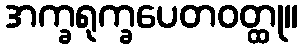
အက္ခရုက္ခပေတဝတ္ထု။